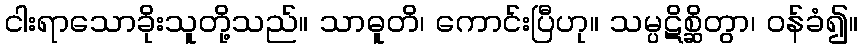
ငါးရာသောခိုးသူတို့သည်။ သာဓူတိ၊ ကောင်းပြီဟု။ သမ္ပဋိစ္ဆိတွာ၊ ဝန်ခံ၍။